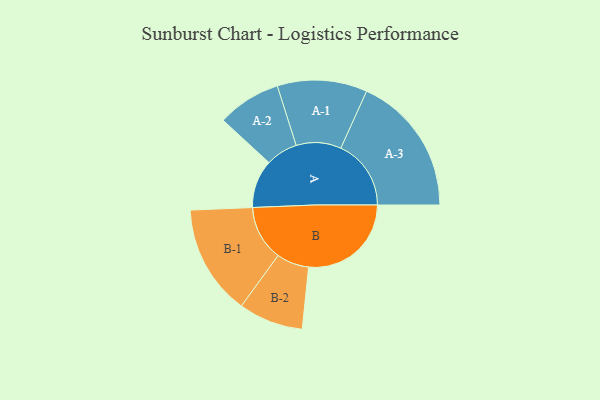
{"axis": {"x": "Segment", "y": "Value"}, "legend": ["", "A", "B"], "data": [{"x": "A", "y": 192, "type": ""}, {"x": "B", "y": 409, "type": ""}, {"x": "A-1", "y": 179, "type": "A"}, {"x": "A-2", "y": 127, "type": "A"}, {"x": "A-3", "y": 280, "type": "A"}, {"x": "B-1", "y": 220, "type": "B"}, {"x": "B-2", "y": 129, "type": "B"}]}